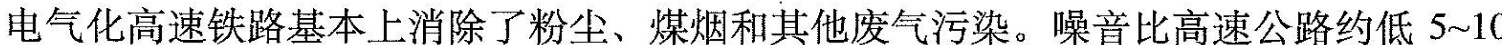
电气化高速铁路基本上消除了粉尘、煤烟和其他废气污染。噪音比高速公路约低5～10